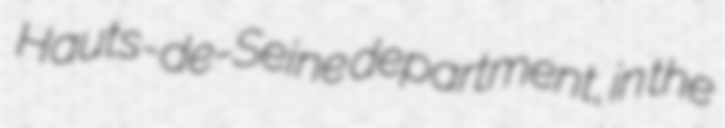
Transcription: Hauts-de-Seine department, in the